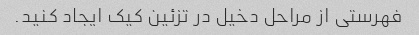
فهرستی از مراحل دخیل در تزئین کیک ایجاد کنید.